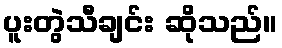
ပူးတွဲသီချင်း ဆိုသည်။